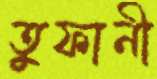
তুফানী